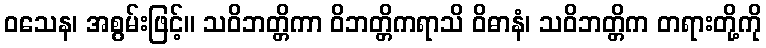
ဝသေန၊ အစွမ်းဖြင့်။ သဝိဘတ္တိကာ ဝိဘတ္တိကရာသိ ဝိဓာနံ၊ သဝိဘတ္တိက တရားတို့ကို